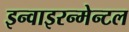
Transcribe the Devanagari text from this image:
इन्वाइरन्मेन्टल